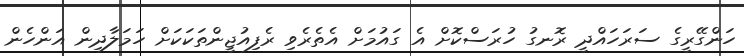
ހަންގޭރީގެ ސަރަހައްދީ ރޮނގު ހުރަސްކޮށް އެ ގައުމަށް އެތެރެވި ރެފިއުޖީންތަކަކަށް ހަމަލާދިން އަންހެން